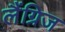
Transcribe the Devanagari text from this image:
लैंग्रिज